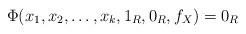
LaTeX: \begin{align*}\Phi(x_{1}, x_{2}, \ldots , x_{k}, 1_{R}, 0_{R}, f_{X}) = 0_{R}\end{align*}